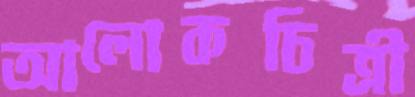
আলোকচিত্রী